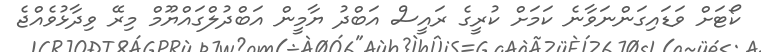
ކޯޓަށް ވަޑައިގަންނަވާނެ ކަމަށް ކުރީގެ ރައީސް އަބްދު ޔާމީން އަބްދުލްގައްޔޫމް މިރޭ ވިދާޅުވެއްޖެ